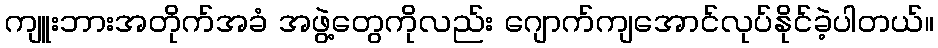
ကျူးဘားအတိုက်အခံ အဖွဲ့တွေကိုလည်း ဂျောက်ကျအောင်လုပ်နိုင်ခဲ့ပါတယ်။